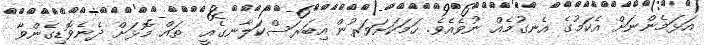
އަޅަމެންނަށް އެކަމުގެ އެނގުމެއް ނުވެއެވެ. ހަމަކަށަވަރުން އިބަރަސްކަލާނގެއީ  ތައް މޮޅަށް ދެނެވޮޑިގެންވާ